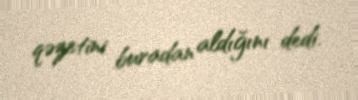
qəzetini buradan aldığını dedi.